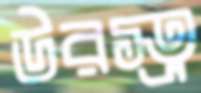
উরস্ত্র